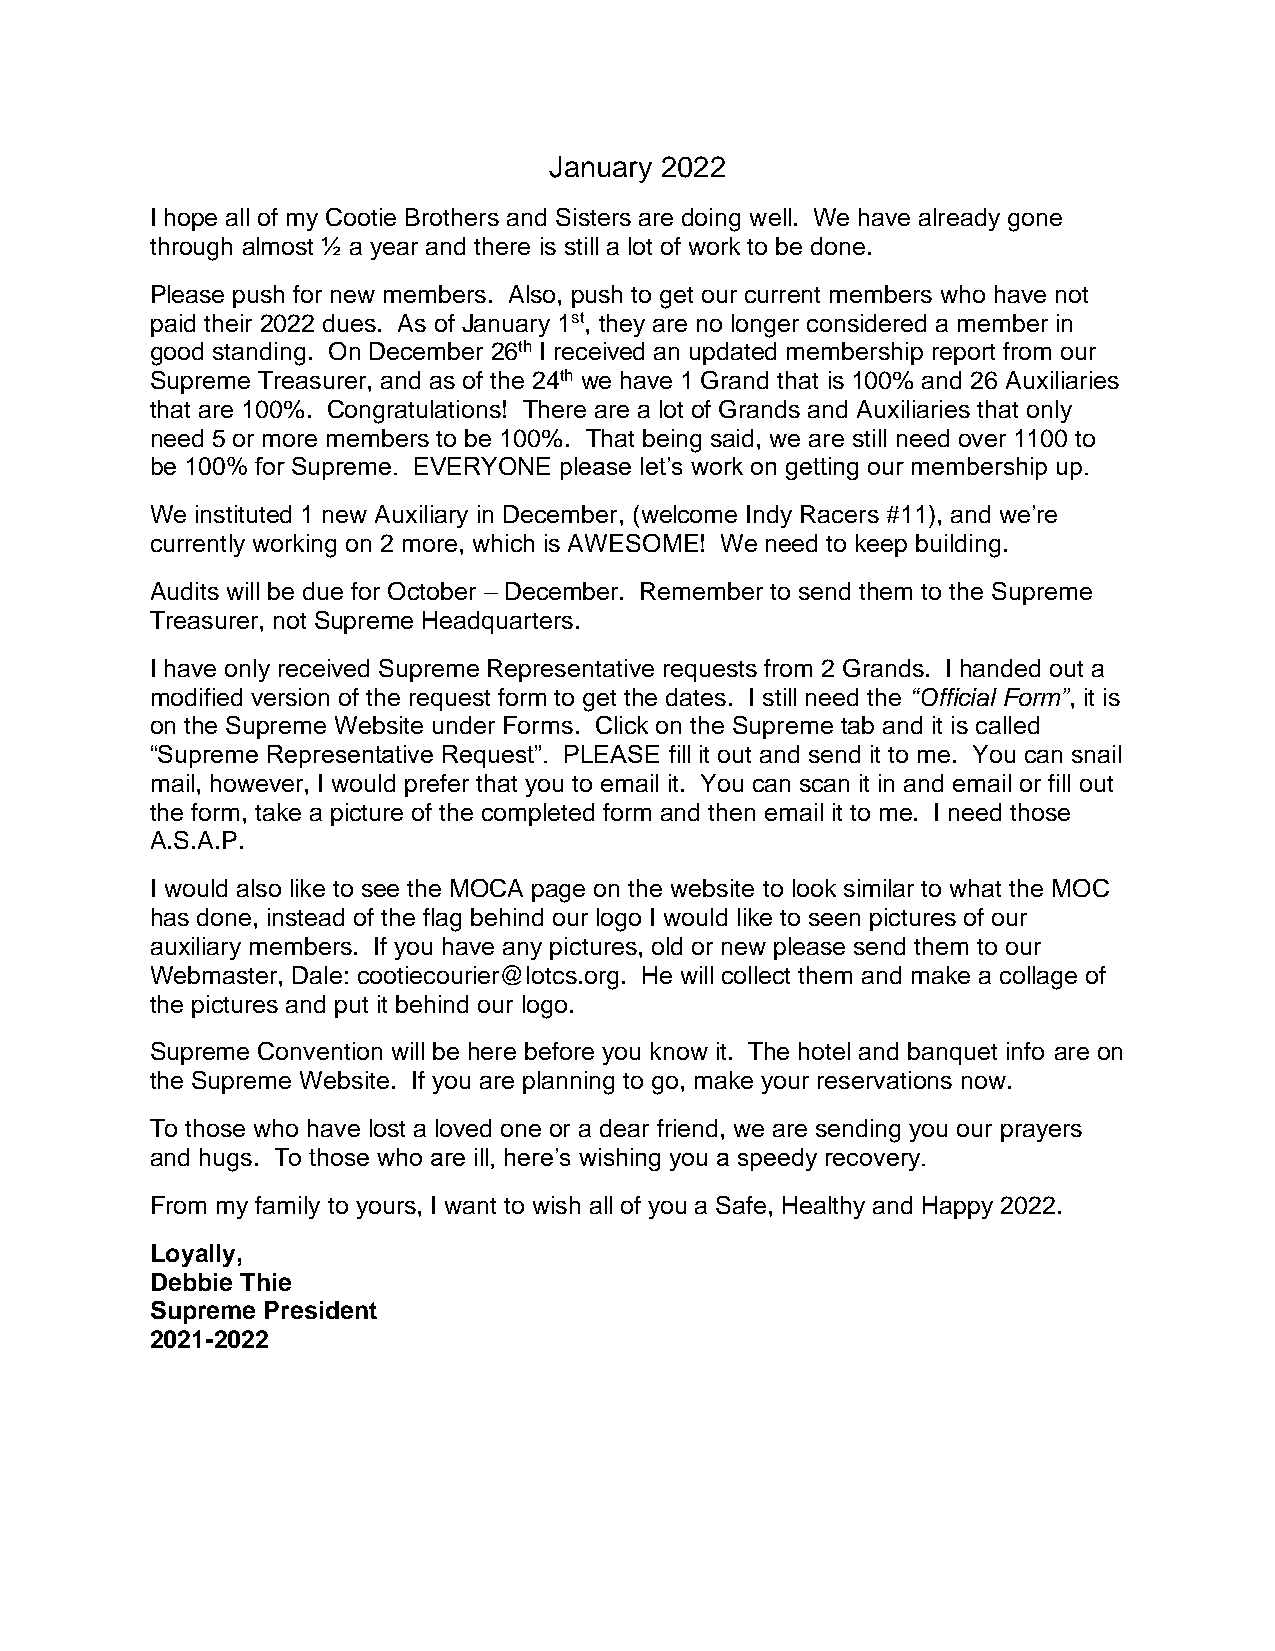
January 2022
 I hope all of my Cootie Brothers and Sisters are doing well. We have already gone
 through almost ½ a year and there is still a lot of work to be done.
 Please push for new members. Also, push to get our current members who have not
 paid their 2022 dues. As of January 1st, they are no longer considered a member in
 good standing. On December 26th I received an updated membership report from our
 Supreme Treasurer, and as of the 24th we have 1 Grand that is 100% and 26 Auxiliaries
 that are 100%. Congratulations! There are a lot of Grands and Auxiliaries that only
 need 5 or more members to be 100%. That being said, we are still need over 1100 to
 be 100% for Supreme. EVERYONE please let’s work on getting our membership up.
 We instituted 1 new Auxiliary in December, (welcome Indy Racers #11), and we’re
 currently working on 2 more, which is AWESOME! We need to keep building.
 Audits will be due for October – December. Remember to send them to the Supreme
 Treasurer, not Supreme Headquarters.
 I have only received Supreme Representative requests from 2 Grands. I handed out a
 modified version of the request form to get the dates. I still need the “Official Form”, it is
 on the Supreme Website under Forms. Click on the Supreme tab and it is called
 “Supreme Representative Request”. PLEASE fill it out and send it to me. You can snail
 mail, however, I would prefer that you to email it. You can scan it in and email or fill out
 the form, take a picture of the completed form and then email it to me. I need those
 A.S.A.P.
 I would also like to see the MOCA page on the website to look similar to what the MOC
 has done, instead of the flag behind our logo I would like to seen pictures of our
 auxiliary members. If you have any pictures, old or new please send them to our
 Webmaster, Dale: cootiecourier@lotcs.org. He will collect them and make a collage of
 the pictures and put it behind our logo.
 Supreme Convention will be here before you know it. The hotel and banquet info are on
 the Supreme Website. If you are planning to go, make your reservations now.
 To those who have lost a loved one or a dear friend, we are sending you our prayers
 and hugs. To those who are ill, here’s wishing you a speedy recovery.
 From my family to yours, I want to wish all of you a Safe, Healthy and Happy 2022.
 Loyally,
 Debbie Thie
 Supreme President
 2021-2022